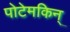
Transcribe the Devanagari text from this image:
पोटेमकिन्